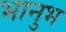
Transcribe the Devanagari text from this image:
भानुभ